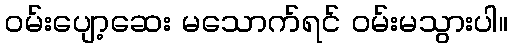
ဝမ်းပျော့ဆေး မသောက်ရင် ဝမ်းမသွားပါ။